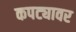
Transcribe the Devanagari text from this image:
कपट्यावर